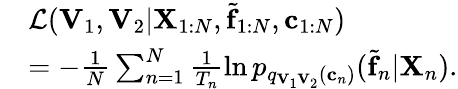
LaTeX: \begin{array}{rl}&{\mathcal{L}(\mathbf{V}_{1},\mathbf{V}_{2}|\mathbf{X}_{1:N},\tilde{\mathbf{f}}_{1:N},\mathbf{c}_{1:N})}\\ &{=-\frac{1}{N}\sum_{n=1}^{N}\frac{1}{T_{n}}\ln p_{q_{\mathbf{V}_{1}\mathbf{V}_{2}}(\mathbf{c}_{n})}(\tilde{\mathbf{f}}_{n}|\mathbf{X}_{n}).}\end{array}